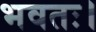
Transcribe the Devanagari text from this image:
भवतः।